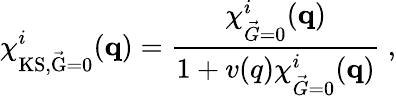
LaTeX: \chi_{\mathrm{KS,\vec{G}=0}}^{i}(\mathbf{q})=\frac{\chi_{\vec{G}=0}^{i}(\mathbf{q})}{1+v(q)\chi_{\vec{G}=0}^{i}(\mathbf{q})}\ ,